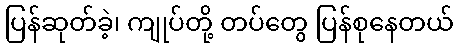
ပြန်ဆုတ်ခဲ့၊ ကျုပ်တို့ တပ်တွေ ပြန်စုနေတယ်